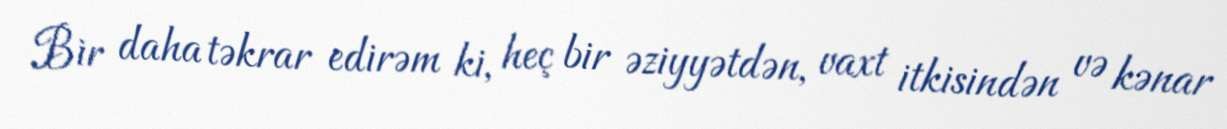
Bir daha təkrar edirəm ki, heç bir əziyyətdən, vaxt itkisindən və kənar